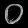
Digit: ၀